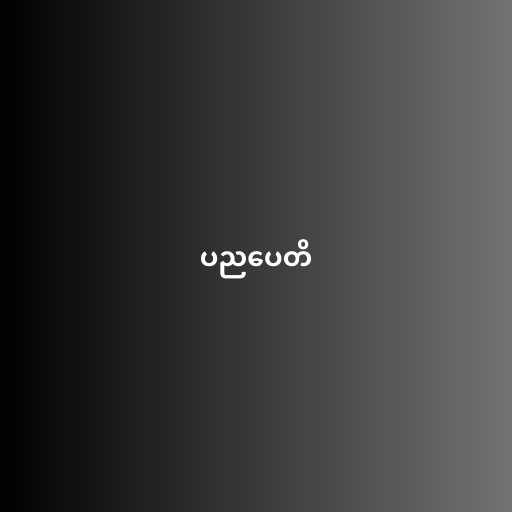
ပညပေတိ